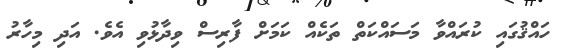
ހައްޤުގައި ކުރައްވާ މަސައްކަތް ތަކެއް ކަމަށް ފާރިސް ވިދާޅުވި އެވެ. އަދި މިހާރު